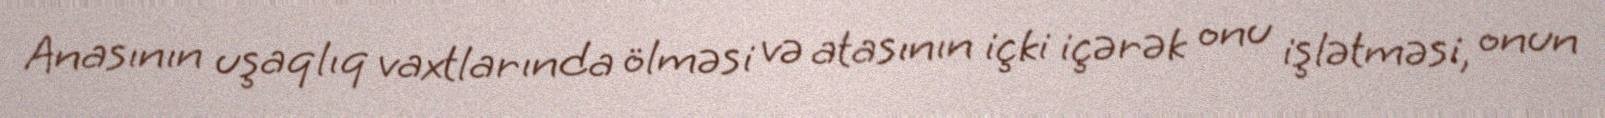
Anasının uşaqlıq vaxtlarında ölməsi və atasının içki içərək onu işlətməsi, onun